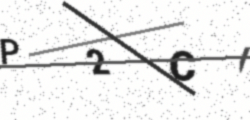
Text: P2CI